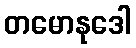
တမောနုဒေါ